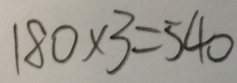
1 8 0 \times 3 = 5 4 0